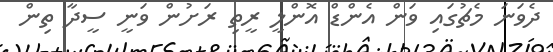
ދެވަނަ މެޗުގައި ވަން އެންޑް އޮންލީ ރީތި ރަށުން ވަނީ ސީދާ ތިން